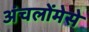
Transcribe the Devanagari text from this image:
अंचलोंमेसे